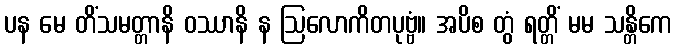
ပန မေ တိံသမတ္တာနိ ဝဿာနိ န ဩလောကိတပုဗ္ဗံ။ အပိစ တွံ ရတ္တိံ မမ သန္တိကေ